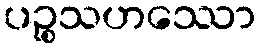
ပဉ္စသဟဿော